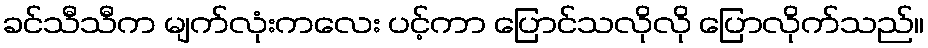
ခင်သီသီက မျက်လုံးကလေး ပင့်ကာ ပြောင်သလိုလို ပြောလိုက်သည်။